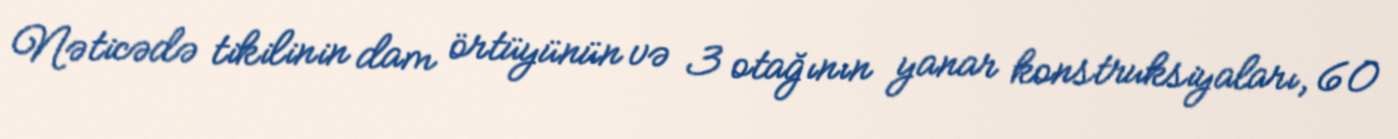
Nəticədə tikilinin dam örtüyünün və 3 otağının yanar konstruksiyaları, 60